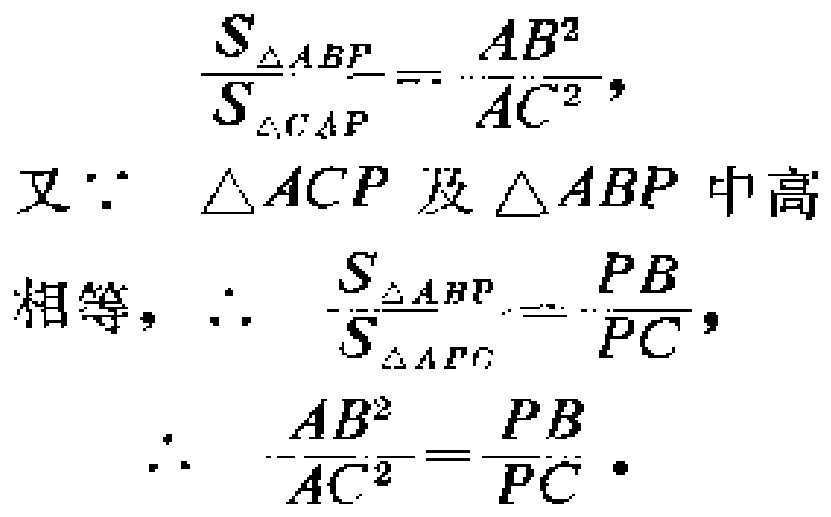
\[
\frac{S_{\triangle ABP}}{S_{\triangle CAP}}=\frac{AB^{2}}{AC^{2}},
\]
又\(\because\) \(\triangle ACP\) 及 \(\triangle ABP\) 中高
相等, \(\therefore\) \(\frac{S_{\triangle ABP}}{S_{\triangle APC}}=\frac{PB}{PC},\)
\(\therefore\) \(\frac{AB^{2}}{AC^{2}}=\frac{PB}{PC} \cdot\)